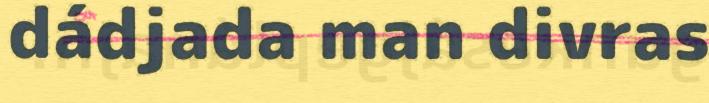
dádjada man divras